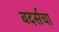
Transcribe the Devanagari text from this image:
बदर्सचा